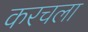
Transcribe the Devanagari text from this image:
करचला